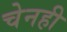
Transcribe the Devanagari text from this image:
चेनही